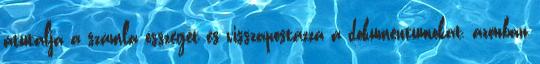
átutalja a számla összegét és visszapostázza a dokumentumokat, azonban